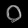
Digit: ၀